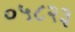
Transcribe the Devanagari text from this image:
०५८२३